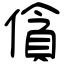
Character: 僋